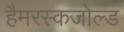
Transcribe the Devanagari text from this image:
हैमरस्कजोल्‍ड